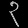
Digit: ၃